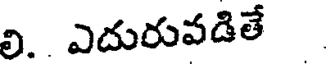
లి. ఎదురువడితే